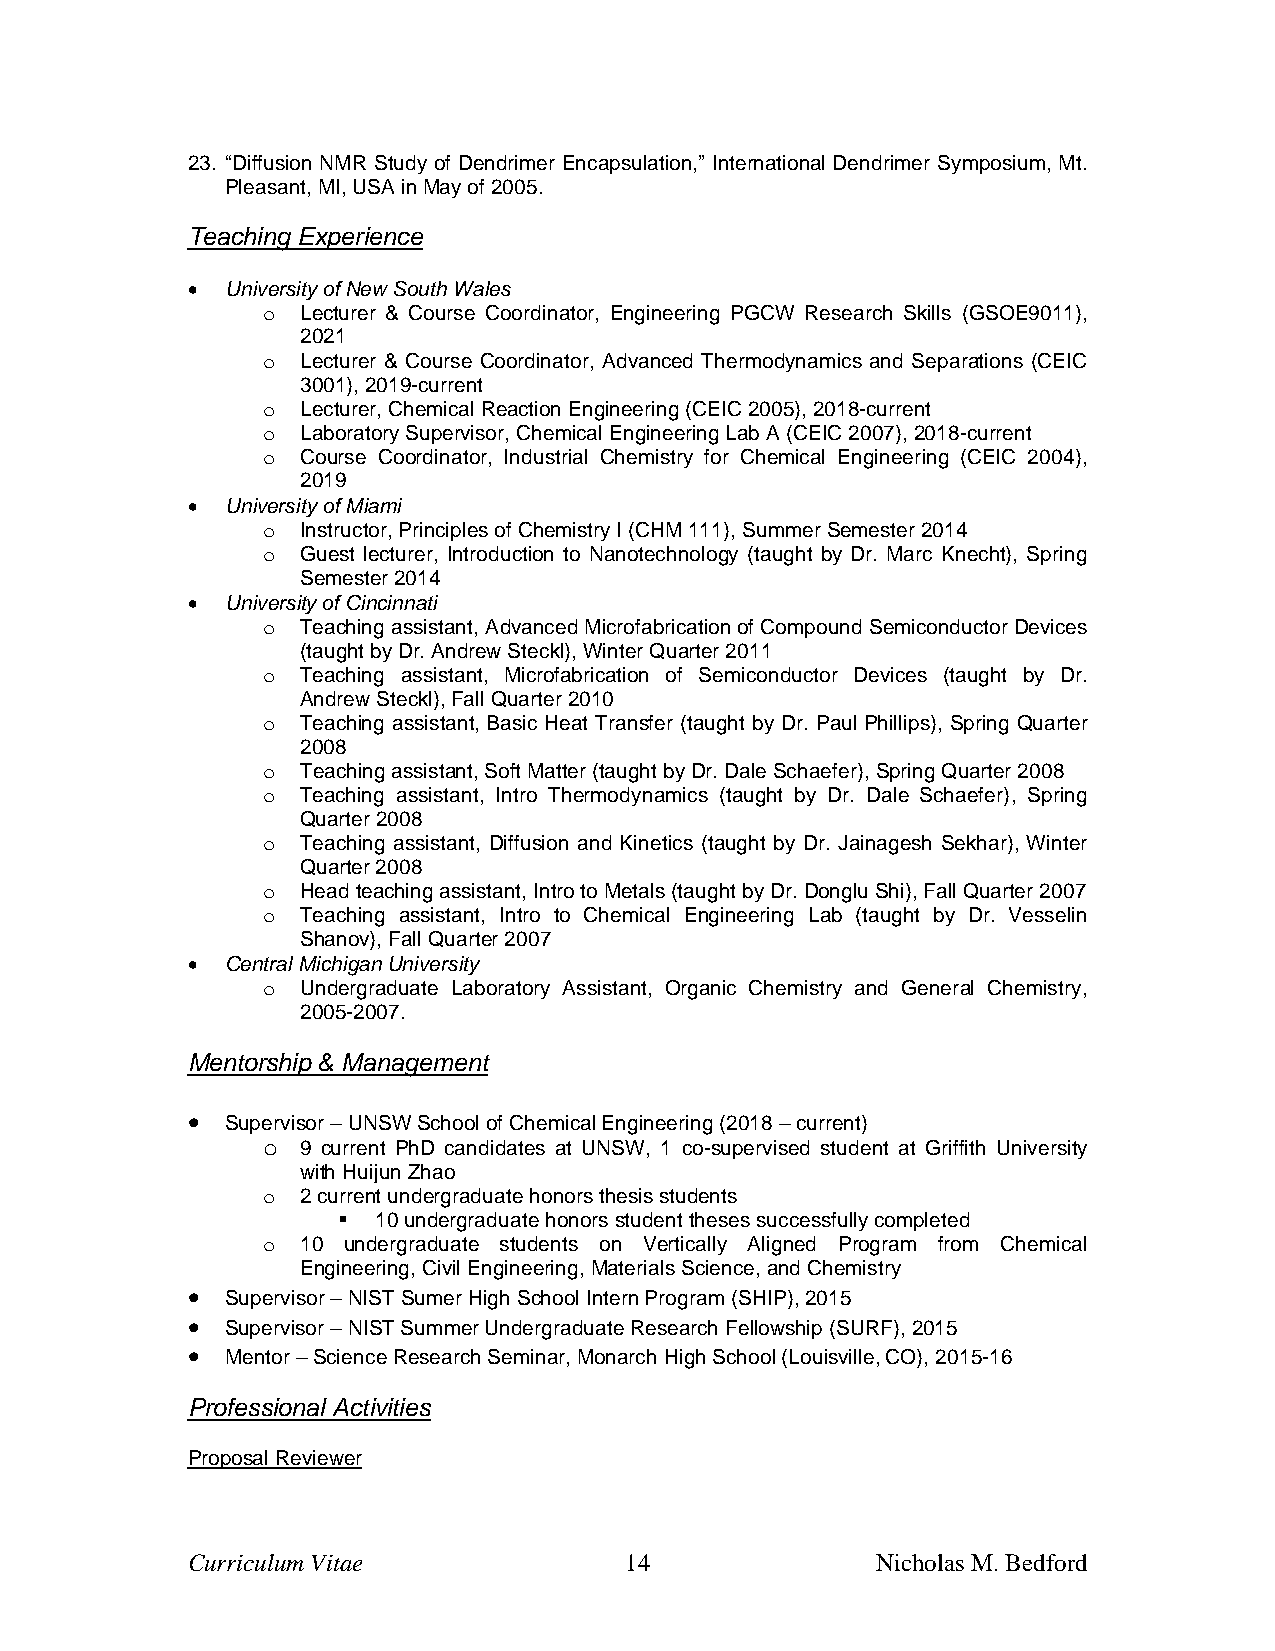
23. “Diffusion NMR Study of Dendrimer Encapsulation,” International Dendrimer Symposium, Mt.
 Pleasant, MI, USA in May of 2005.
 Teaching Experience
 •  University of New South Wales
 o  Lecturer & Course Coordinator, Engineering PGCW Research Skills (GSOE9011),
 2021
 o  Lecturer & Course Coordinator, Advanced Thermodynamics and Separations (CEIC
 3001), 2019-current
 o  Lecturer, Chemical Reaction Engineering (CEIC 2005), 2018-current
 o  Laboratory Supervisor, Chemical Engineering Lab A (CEIC 2007), 2018-current
 o  Course Coordinator, Industrial Chemistry for Chemical Engineering (CEIC 2004),
 2019
 •  University of Miami
 o  Instructor, Principles of Chemistry I (CHM 111), Summer Semester 2014
 o  Guest lecturer, Introduction to Nanotechnology (taught by Dr. Marc Knecht), Spring
 Semester 2014
 •  University of Cincinnati
 o  Teaching assistant, Advanced Microfabrication of Compound Semiconductor Devices
 (taught by Dr. Andrew Steckl), Winter Quarter 2011
 o  Teaching assistant, Microfabrication of Semiconductor Devices (taught by Dr.
 Andrew Steckl), Fall Quarter 2010
 o  Teaching assistant, Basic Heat Transfer (taught by Dr. Paul Phillips), Spring Quarter
 2008
 o  Teaching assistant, Soft Matter (taught by Dr. Dale Schaefer), Spring Quarter 2008
 o  Teaching assistant, Intro Thermodynamics (taught by Dr. Dale Schaefer), Spring
 Quarter 2008
 o  Teaching assistant, Diffusion and Kinetics (taught by Dr. Jainagesh Sekhar), Winter
 Quarter 2008
 o  Head teaching assistant, Intro to Metals (taught by Dr. Donglu Shi), Fall Quarter 2007
 o  Teaching assistant, Intro to Chemical Engineering Lab (taught by Dr. Vesselin
 Shanov), Fall Quarter 2007
 •  Central Michigan University
 o  Undergraduate Laboratory Assistant, Organic Chemistry and General Chemistry,
 2005-2007.
 Mentorship & Management
 •  Supervisor – UNSW School of Chemical Engineering (2018 – current)
 o  9 current PhD candidates at UNSW, 1 co-supervised student at Griffith University
 with Huijun Zhao
 o  2 current undergraduate honors thesis students
 ▪  10 undergraduate honors student theses successfully completed
 o  10 undergraduate students on Vertically Aligned Program from Chemical
 Engineering, Civil Engineering, Materials Science, and Chemistry
 •  Supervisor – NIST Sumer High School Intern Program (SHIP), 2015
 •  Supervisor – NIST Summer Undergraduate Research Fellowship (SURF), 2015
 •  Mentor – Science Research Seminar, Monarch High School (Louisville, CO), 2015-16
 Professional Activities
 Proposal Reviewer
 Curriculum Vitae             14               Nicholas M. Bedford